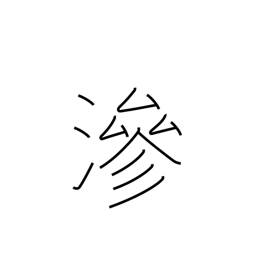
Meaning: imbued with